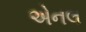
એનલ